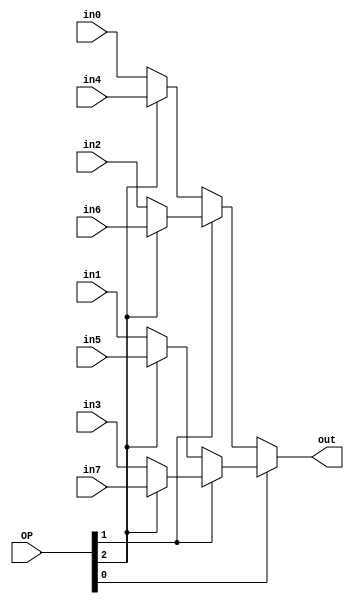
module mux8(out, in0, in1, in2, in3, in4, in5, in6, in7, OP);
    input [31:0] in0, in1, in2, in3, in4, in5, in6, in7;
    input [4:0] OP;
    output [31:0] out;

    wire [31:0] level21, level22, level31, level32, level33, level34;

    assign out = OP[0] ? level22 : level21;

    assign level21 = OP[1] ? level32 : level31;
    assign level22 = OP[1] ? level34 : level33;

    assign level31 = OP[2] ? in4 : in0;
    assign level32 = OP[2] ? in6 : in2;
    assign level33 = OP[2] ? in5 : in1;
    assign level34 = OP[2] ? in7 : in3;

endmodule